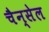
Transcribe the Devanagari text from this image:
चैन्सेल